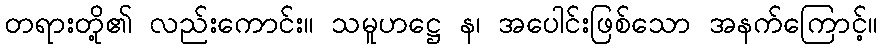
တရားတို့၏ လည်းကောင်း။ သမူဟဋ္ဌေ န၊ အပေါင်းဖြစ်သော အနက်ကြောင့်။